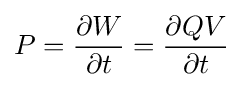
P={\frac {\partial W}{\partial t}}={\frac {\partial QV}{\partial t}}